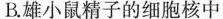
B.雄小鼠精子的细胞核中